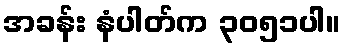
အခန်း နံပါတ်က ၃၀၅၁ပါ။